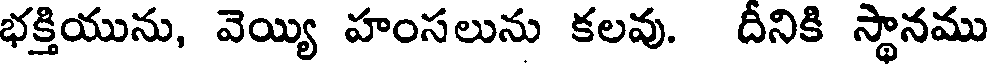
భక్తియును, వెయ్యి హంసలును కలవు. దీనికి స్థానము